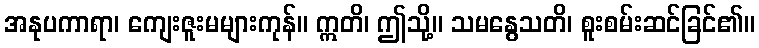
အနုပကာရာ၊ ကျေးဇူးမများကုန်။ ဣတိ၊ ဤသို့။ သမနွေသတိ၊ စူးစမ်းဆင်ခြင်၏။